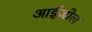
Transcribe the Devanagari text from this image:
आईज़ोल